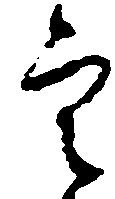
定